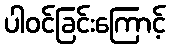
ပါဝင်ခြင်းကြောင့်